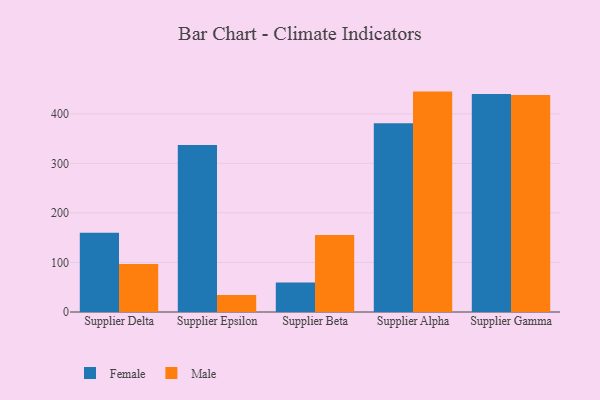
{"axis": {"x": "Supplier", "y": "LTV (USD)"}, "legend": ["Female", "Male"], "data": [{"x": "Supplier Delta", "y": 159.8, "type": "Female"}, {"x": "Supplier Delta", "y": 96.7, "type": "Male"}, {"x": "Supplier Epsilon", "y": 337.2, "type": "Female"}, {"x": "Supplier Epsilon", "y": 34.1, "type": "Male"}, {"x": "Supplier Beta", "y": 59.5, "type": "Female"}, {"x": "Supplier Beta", "y": 155.6, "type": "Male"}, {"x": "Supplier Alpha", "y": 380.9, "type": "Female"}, {"x": "Supplier Alpha", "y": 444.8, "type": "Male"}, {"x": "Supplier Gamma", "y": 439.8, "type": "Female"}, {"x": "Supplier Gamma", "y": 437.7, "type": "Male"}]}